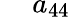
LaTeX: \hphantom{xx}a_{44}